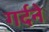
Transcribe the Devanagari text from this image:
गर्दने